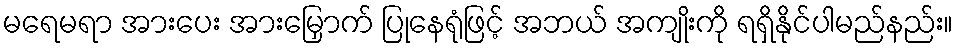
မရေမရာ အားပေး အားမြှောက် ပြုနေရုံဖြင့် အဘယ် အကျိုးကို ရရှိနိုင်ပါမည်နည်း။